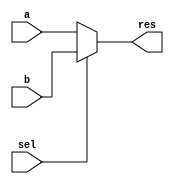
module lab3_3
#(parameter w = 4)
(
  input [w-1:0] a,
  input [w-1:0] b,
  input sel,
  output reg [w-1:0] res
  
);
always @*
   case(sel)
    1: res = b;
    default res = a;
    endcase
endmodule